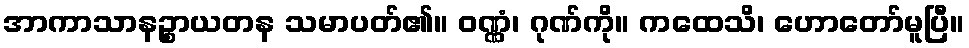
အာကာသာနဉ္စာယတန သမာပတ်၏။ ဝဏ္ဏံ၊ ဂုဏ်ကို။ ကထေသိ၊ ဟောတော်မူပြီ။